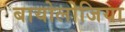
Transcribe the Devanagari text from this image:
बायोलोजिया